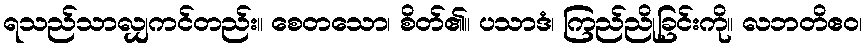
ရသည်သာလျှကင်တည်း။ စေတသော၊ စိတ်၏။ ပသာဒံ၊ ကြည်ညိုခြင်းကို။ လဘတိဧဝ၊